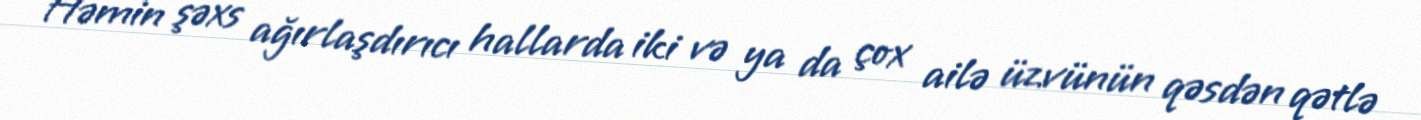
Həmin şəxs ağırlaşdırıcı hallarda iki və ya da çox ailə üzvünün qəsdən qətlə